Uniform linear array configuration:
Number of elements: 32
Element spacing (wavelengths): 0.5
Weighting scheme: exponential
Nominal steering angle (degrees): -30
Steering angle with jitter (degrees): -28.145
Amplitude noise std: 0.05
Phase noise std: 0.05

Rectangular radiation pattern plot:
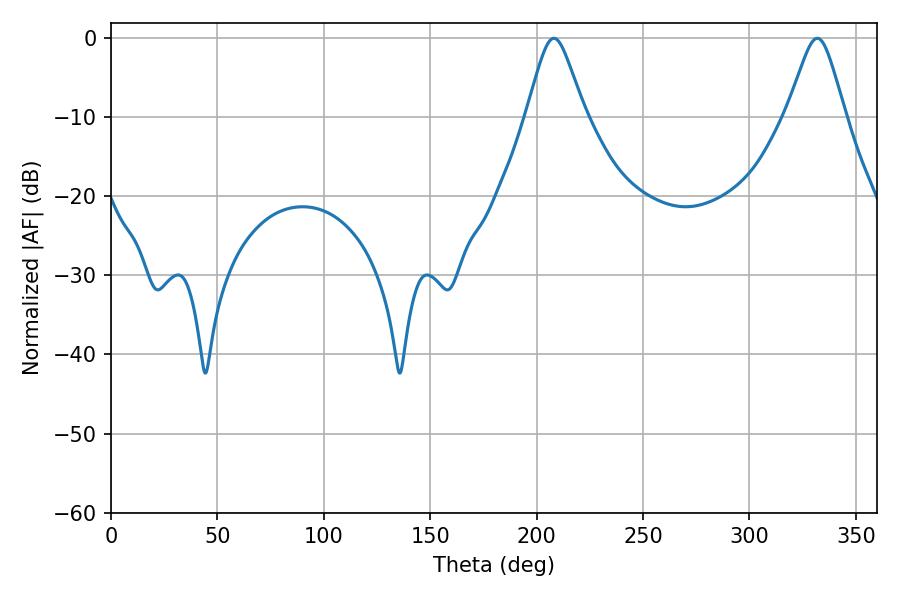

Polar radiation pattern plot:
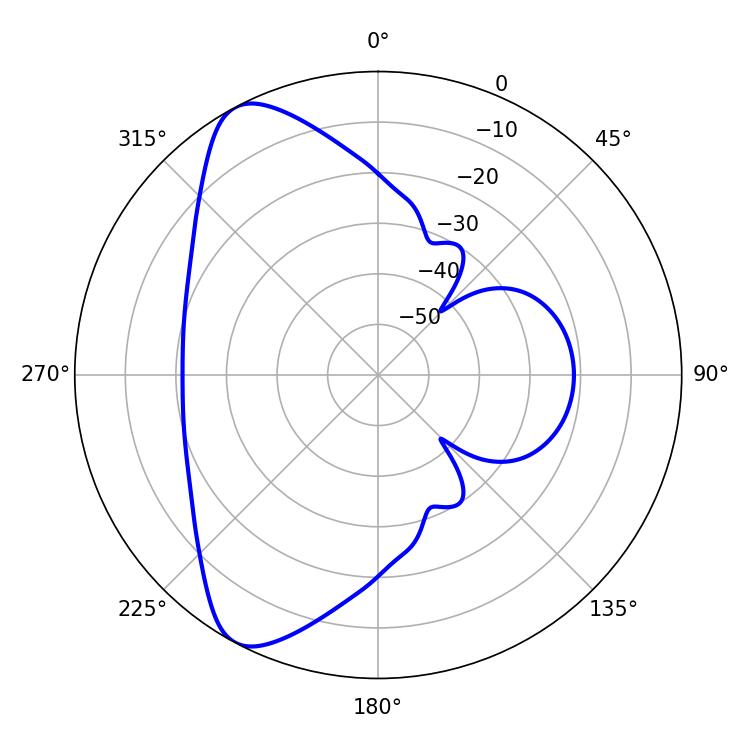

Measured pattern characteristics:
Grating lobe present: FALSE
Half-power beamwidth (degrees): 13.14
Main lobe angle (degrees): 208.08